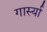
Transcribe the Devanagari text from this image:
गार्स्या